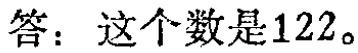
答：这个数是\(122\)。